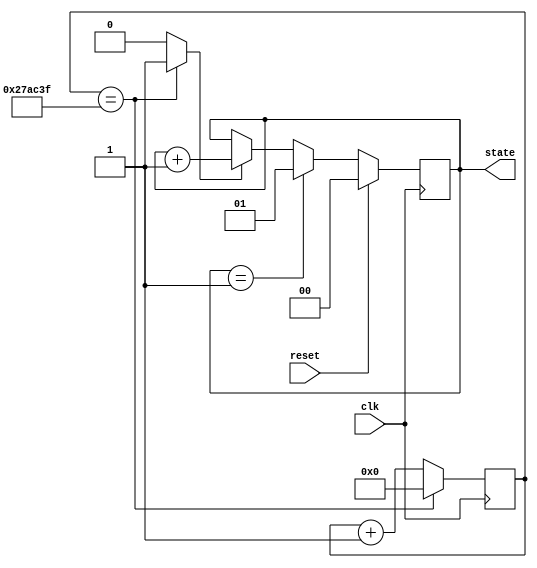
module counter2(
	input reset,
	input clk,
	output reg [1:0] state );

//transform clock in 10Hz
reg [24:0] count, count_c;
reg clk_n;
always @(*) begin
	count_c = count + 1;
	clk_n = 1'b0;
	if (count == 25'd025_999_99) begin
		count_c = 25'd00_000_000;
		clk_n = 1'b1;
	end
end	
	
initial begin
	state = 2'b00;
end
	
always @(posedge clk) begin
	count <= #1 count_c;
	if (reset) begin
			state <= #1 2'b00;
	end
	else if (state == 2'b01) begin
		state <= #1 2'b01;
	end
	else begin
		if (clk_n == 1'b1) begin
			state <= #1 state +1;
		end
	end	
end	
endmodule